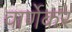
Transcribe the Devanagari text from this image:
वार्णेकर